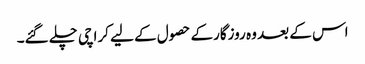
اس کے بعد وہ روزگارکے حصول کے لیے کراچی چلے گئے۔